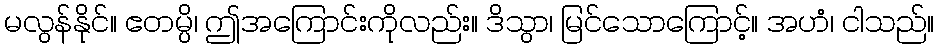
မလွန်နိုင်။ ဧတမ္ပိ၊ ဤအကြောင်းကိုလည်း။ ဒိသွာ၊ မြင်သောကြောင့်။ အဟံ၊ ငါသည်။